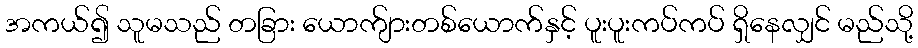
အကယ်၍ သူမသည် တခြား ယောက်ျားတစ်ယောက်နှင့် ပူးပူးကပ်ကပ် ရှိနေလျှင် မည်သို့